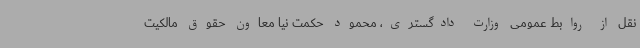
نقل از روابط عمومی وزارت دادگستری، محمود حکمت نیا معاون حقوق مالکیت